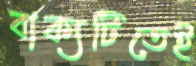
বাক্যটিতেই